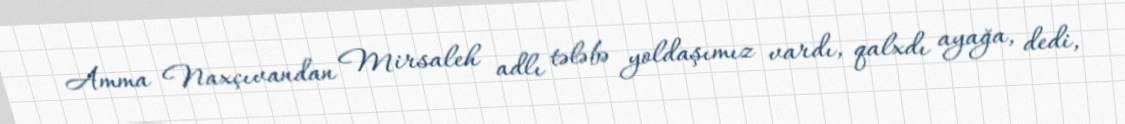
Amma Naxçıvandan Mirsaleh adlı tələbə yoldaşımız vardı, qalxdı ayağa, dedi,